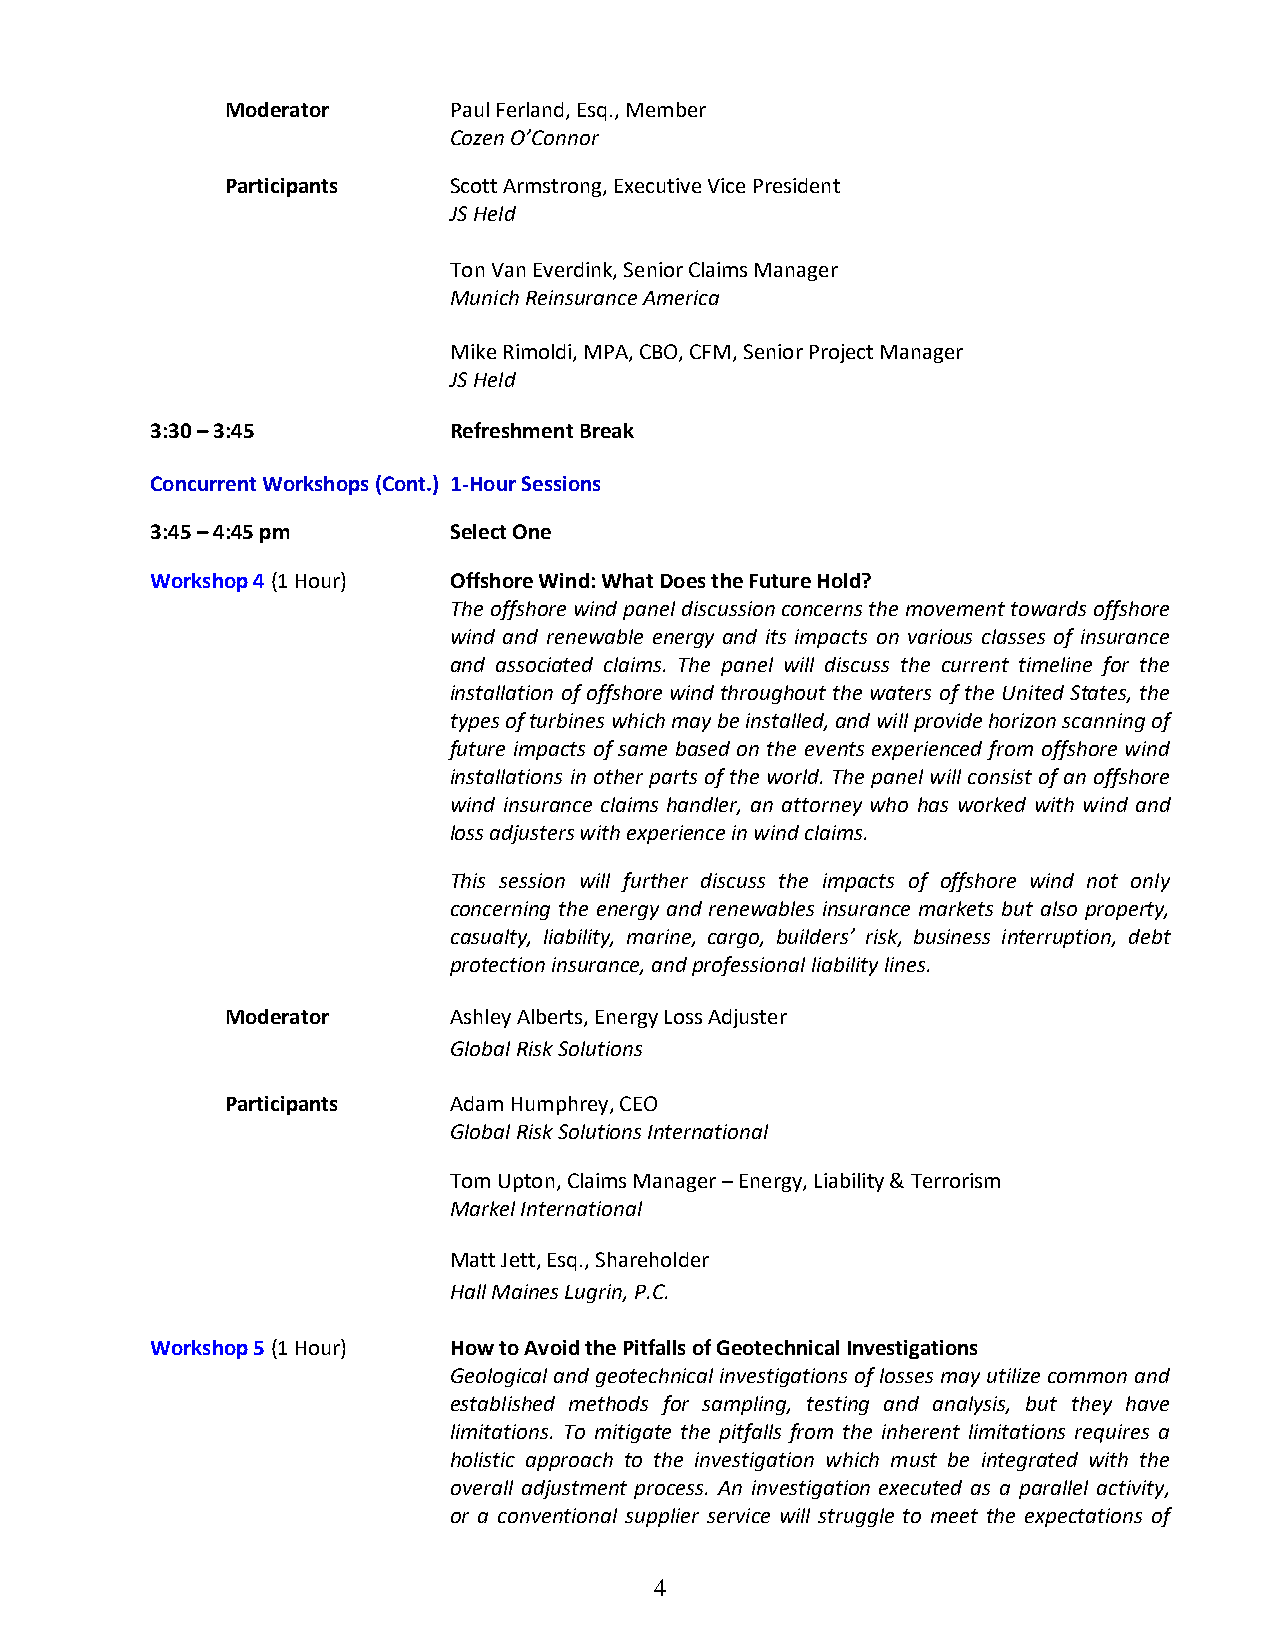
Moderator      Paul Ferland, Esq., Member
 Cozen O’Connor
 Participants   Scott Armstrong, Executive Vice President
 JS Held
 Ton Van Everdink, Senior Claims Manager
 Munich Reinsurance America
 Mike Rimoldi, MPA, CBO, CFM, Senior Project Manager
 JS Held
 3:30 – 3:45         Refreshment Break
 Concurrent Workshops (Cont.) 1-Hour Sessions
 3:45 – 4:45 pm      Select One
 Workshop 4 (1 Hour) Offshore Wind: What Does the Future Hold?
 The offshore wind panel discussion concerns the movement towards offshore
 wind and renewable energy and its impacts on various classes of insurance
 and associated claims. The panel will discuss the current timeline for the
 installation of offshore wind throughout the waters of the United States, the
 types of turbines which may be installed, and will provide horizon scanning of
 future impacts of same based on the events experienced from offshore wind
 installations in other parts of the world. The panel will consist of an offshore
 wind insurance claims handler, an attorney who has worked with wind and
 loss adjusters with experience in wind claims.
 This session will further discuss the impacts of offshore wind not only
 concerning the energy and renewables insurance markets but also property,
 casualty, liability, marine, cargo, builders’ risk, business interruption, debt
 protection insurance, and professional liability lines.
 Moderator      Ashley Alberts, Energy Loss Adjuster
 Global Risk Solutions
 Participants   Adam Humphrey, CEO
 Global Risk Solutions International
 Tom Upton, Claims Manager – Energy, Liability & Terrorism
 Markel International
 Matt Jett, Esq., Shareholder
 Hall Maines Lugrin, P.C.
 Workshop 5 (1 Hour) How to Avoid the Pitfalls of Geotechnical Investigations
 Geological and geotechnical investigations of losses may utilize common and
 established methods for sampling, testing and analysis, but they have
 limitations. To mitigate the pitfalls from the inherent limitations requires a
 holistic approach to the investigation which must be integrated with the
 overall adjustment process. An investigation executed as a parallel activity,
 or a conventional supplier service will struggle to meet the expectations of
 4